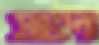
সাভানা